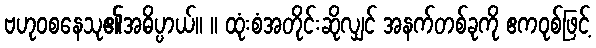
ဗဟုဝစနေသု၏အဓိပ္ပာယ်။ ။ ထုံးစံအတိုင်းဆိုလျှင် အနက်တစ်ခုကို ဧကဝုစ်ဖြင့်